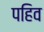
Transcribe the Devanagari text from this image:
पहिव